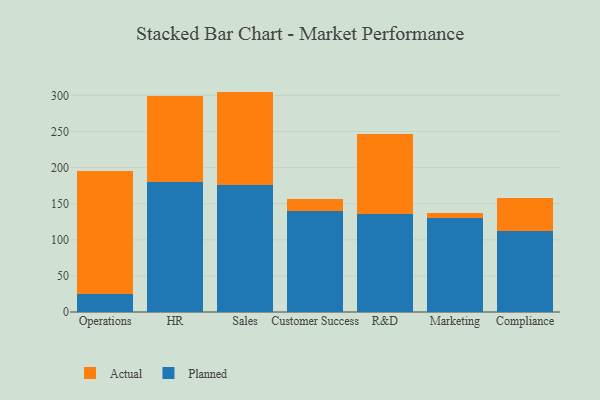
{"axis": {"x": "Department", "y": "Latency (ms)"}, "legend": ["Actual", "Planned"], "data": [{"x": "Operations", "y": 24.6, "type": "Planned"}, {"x": "Operations", "y": 170.3, "type": "Actual"}, {"x": "HR", "y": 179.8, "type": "Planned"}, {"x": "HR", "y": 118.9, "type": "Actual"}, {"x": "Sales", "y": 176.4, "type": "Planned"}, {"x": "Sales", "y": 128.8, "type": "Actual"}, {"x": "Customer Success", "y": 139.3, "type": "Planned"}, {"x": "Customer Success", "y": 16.9, "type": "Actual"}, {"x": "R&D", "y": 135.3, "type": "Planned"}, {"x": "R&D", "y": 111.6, "type": "Actual"}, {"x": "Marketing", "y": 130.1, "type": "Planned"}, {"x": "Marketing", "y": 7.0, "type": "Actual"}, {"x": "Compliance", "y": 111.7, "type": "Planned"}, {"x": "Compliance", "y": 45.9, "type": "Actual"}]}